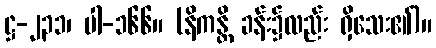
ဋ္ဌ-၂၃၁၊ ပါ-၁၆၆။ (နိကန္တိ ခန်း၌လည်း ရှိသေး၏)။